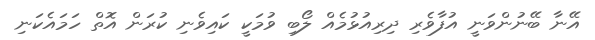
އޭނާ ބޭނުންވަނީ އުފާވެރި ދިރިއުޅުމެއް ލޯބި ވުމަކީ ކައިވެނި ކުރަން އޮތް ހަމައެކަނި